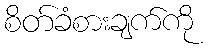
စိတ်ခံစားချက်ကို